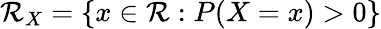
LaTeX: \mathcal{R}_{X}=\{ x\in\mathbb{{\mathcal{R}}}:P(X=x)>0\}